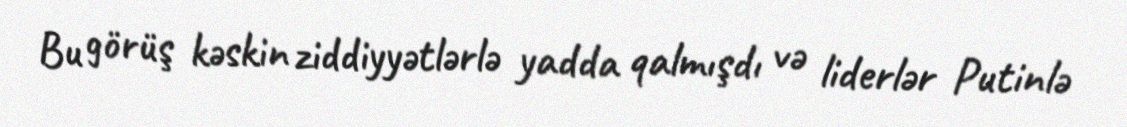
Bu görüş kəskin ziddiyyətlərlə yadda qalmışdı və liderlər Putinlə